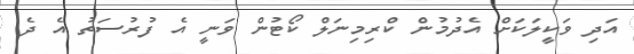
އަދި ވަކީލަކަށް އެދުމުން ކްރިމިނަލް ކޯޓުން ވަނީ އެ ފުރުސަތު އެ ދެ